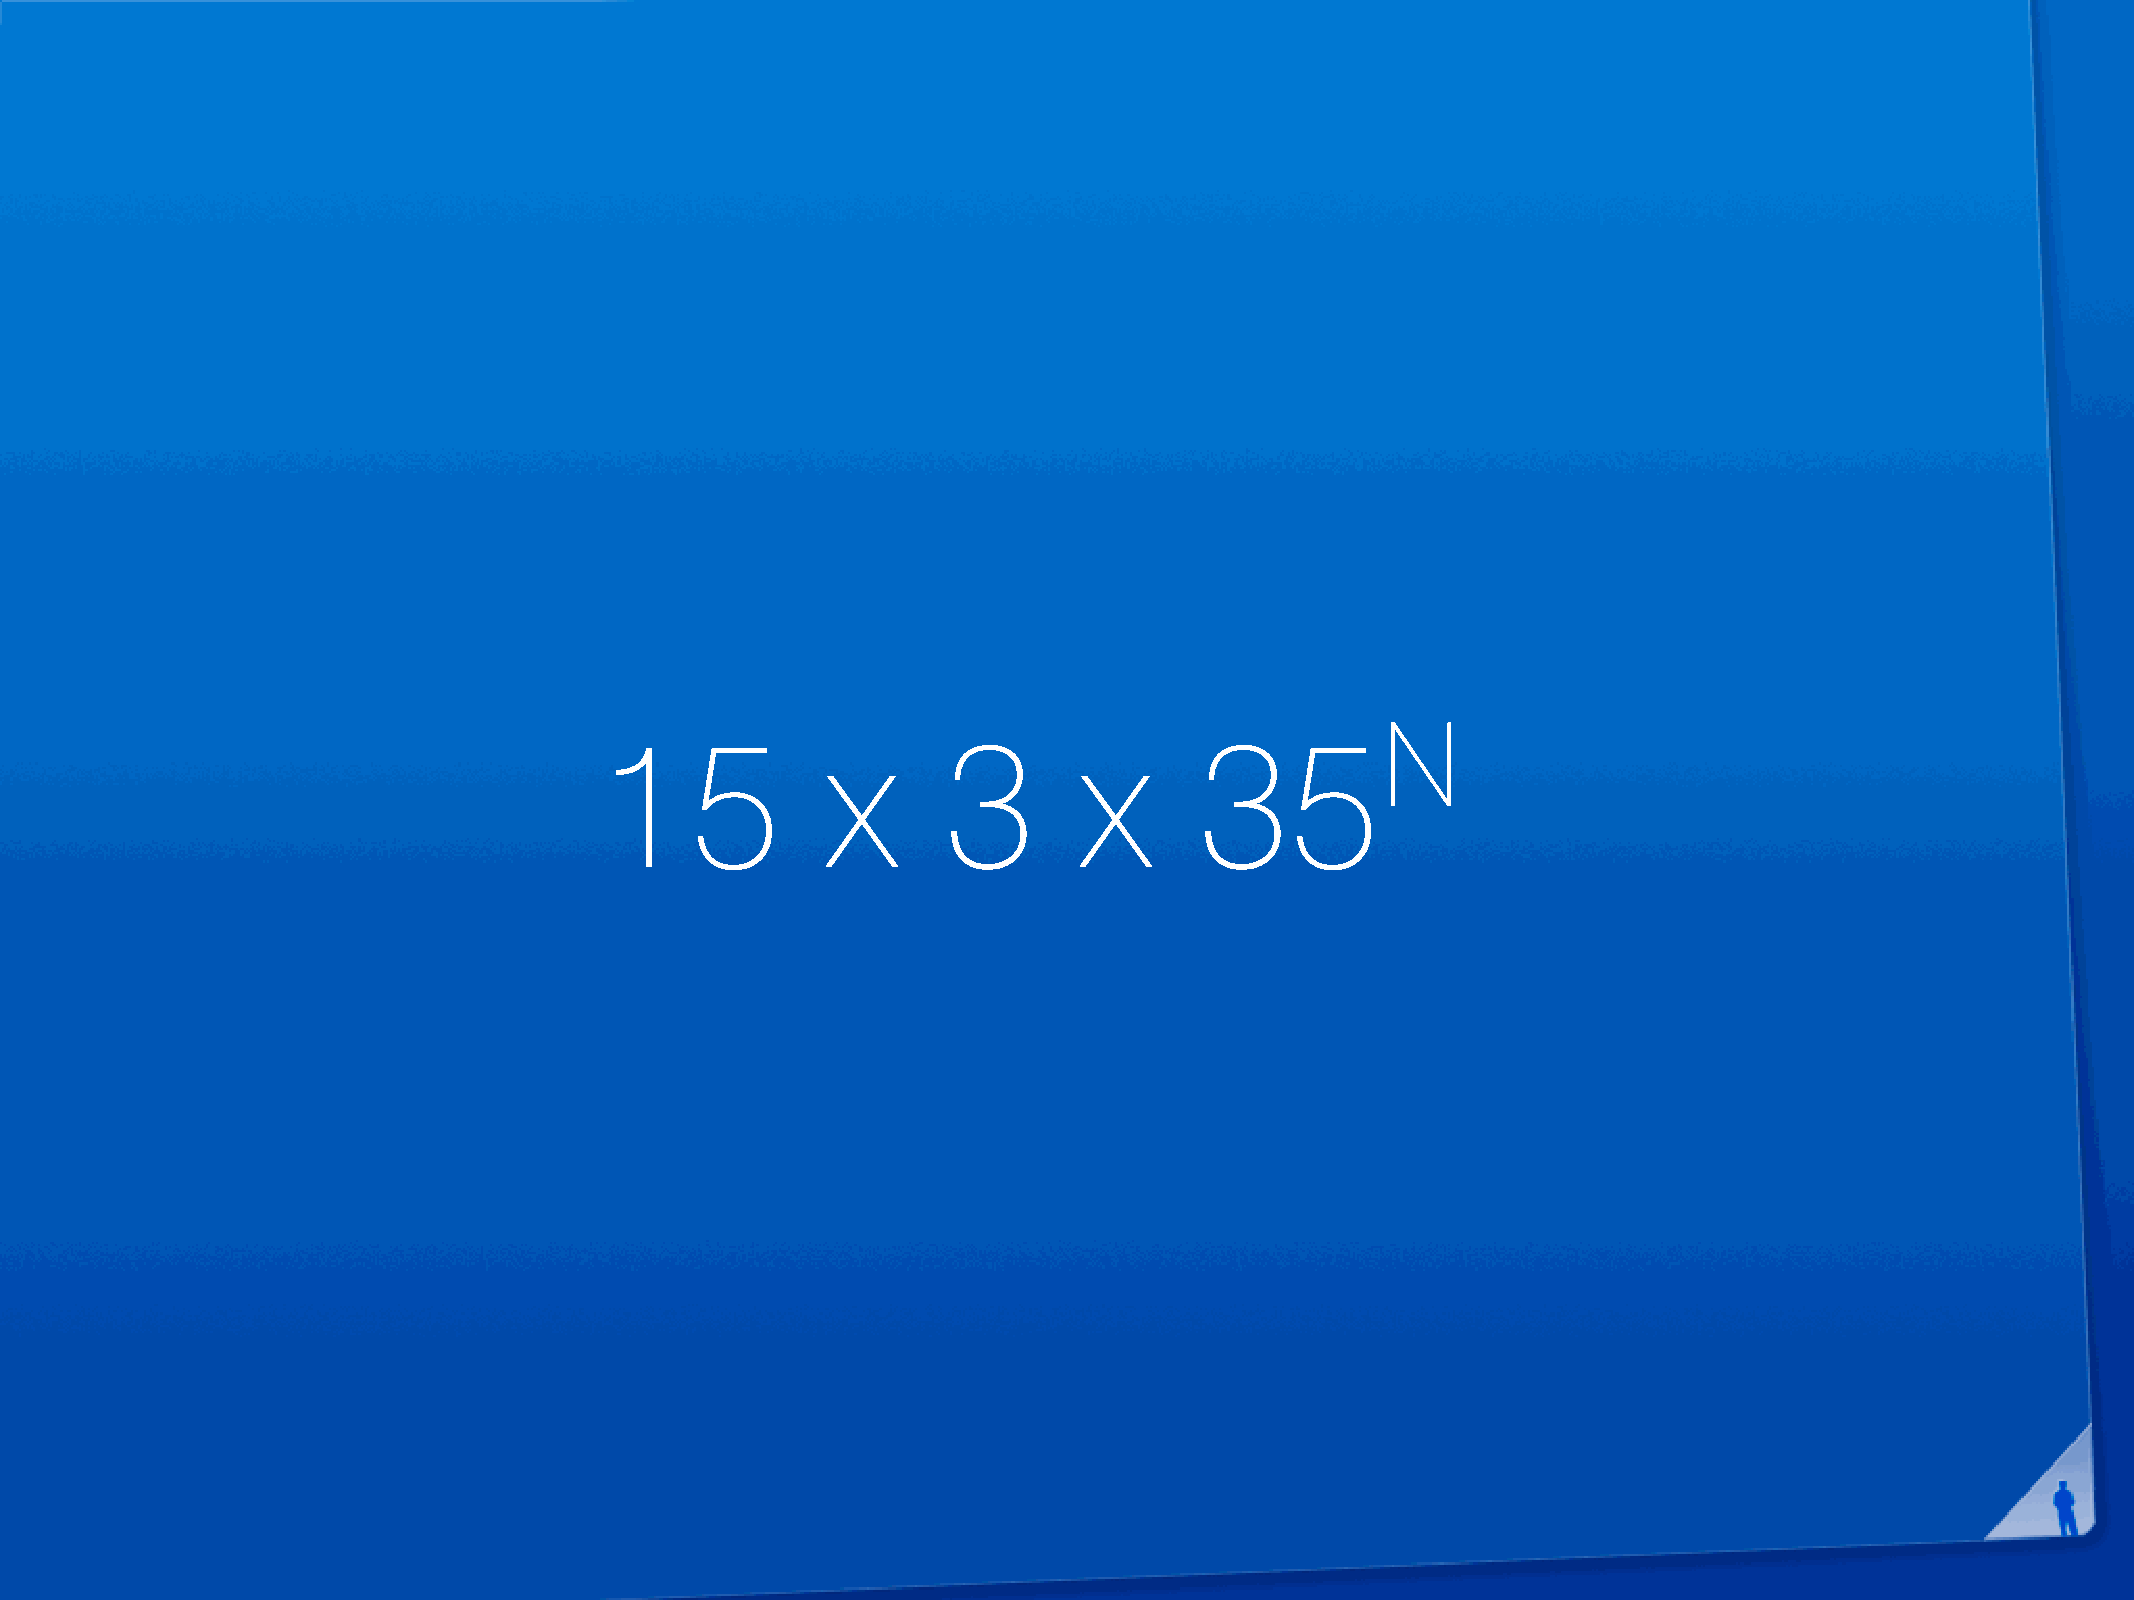
N
 15             x      3        x       35